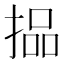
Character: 𪮐